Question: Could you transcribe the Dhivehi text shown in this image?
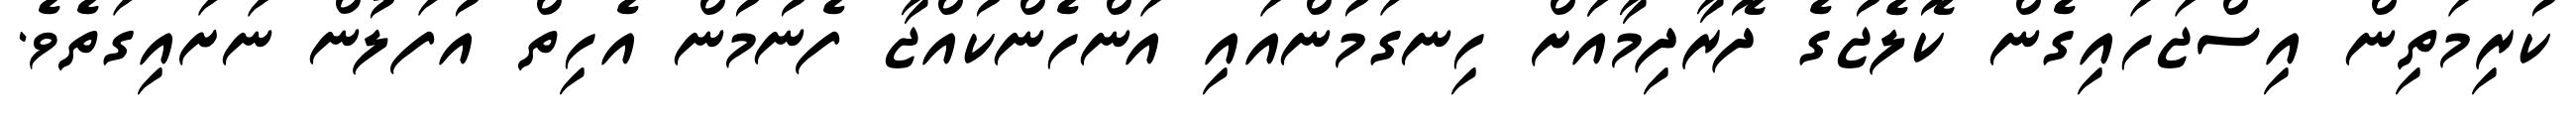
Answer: ކުރިމަތިން އިސްޖަހައިގެން ކޮލެޖުގެ ދޮރާދިމާއަަށް ހިނގަމުންއައި އަންހެންކުއްޖާ ފެނުމުން އެހިތް އުފަލުން ނަށައިގަތެވެ.